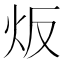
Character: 炍